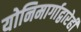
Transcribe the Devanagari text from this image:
योनिमार्गाद्वारेही